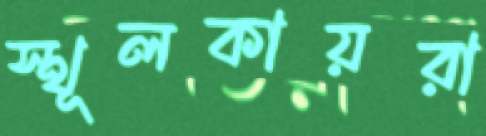
স্থূলকায়রা